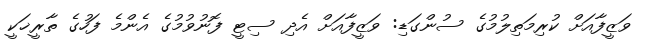
ވަޒީފާއަށް ކުރިމަތިލުމުގެ ސުންގަޑި: ވަޒީފާއަށް އެދި ސިޓީ ފޮނުވުމުގެ އެންމެ ފަހުގެ ތާރީޚަކީ